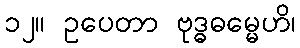
၁၂။ ဥပေတာ ဗုဒ္ဓဓမ္မေဟိ၊